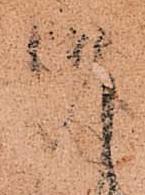
御